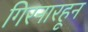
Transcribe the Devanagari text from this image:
गिरनारहून